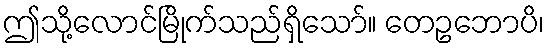
ဤသို့လောင်မြိုက်သည်ရှိသော်။ တေဥဘောပိ၊